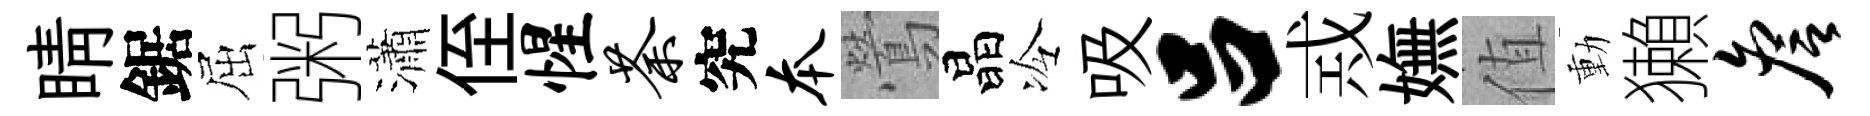
睛鋸屈粥瀟侄惺荼究本鶯晶冷吸吕𢦶嫵值動獺詹